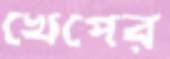
খেপের